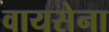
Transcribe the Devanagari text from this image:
वायसेना